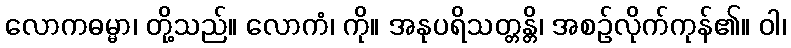
လောကဓမ္မာ၊ တို့သည်။ လောကံ၊ ကို။ အနုပရိသတ္တန္တိ၊ အစဉ်လိုက်ကုန်၏။ ဝါ၊